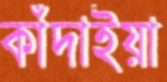
কাঁদাইয়া